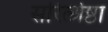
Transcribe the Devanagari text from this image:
सरित्श्रेष्ठा